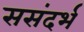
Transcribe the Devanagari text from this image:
ससंदर्भ